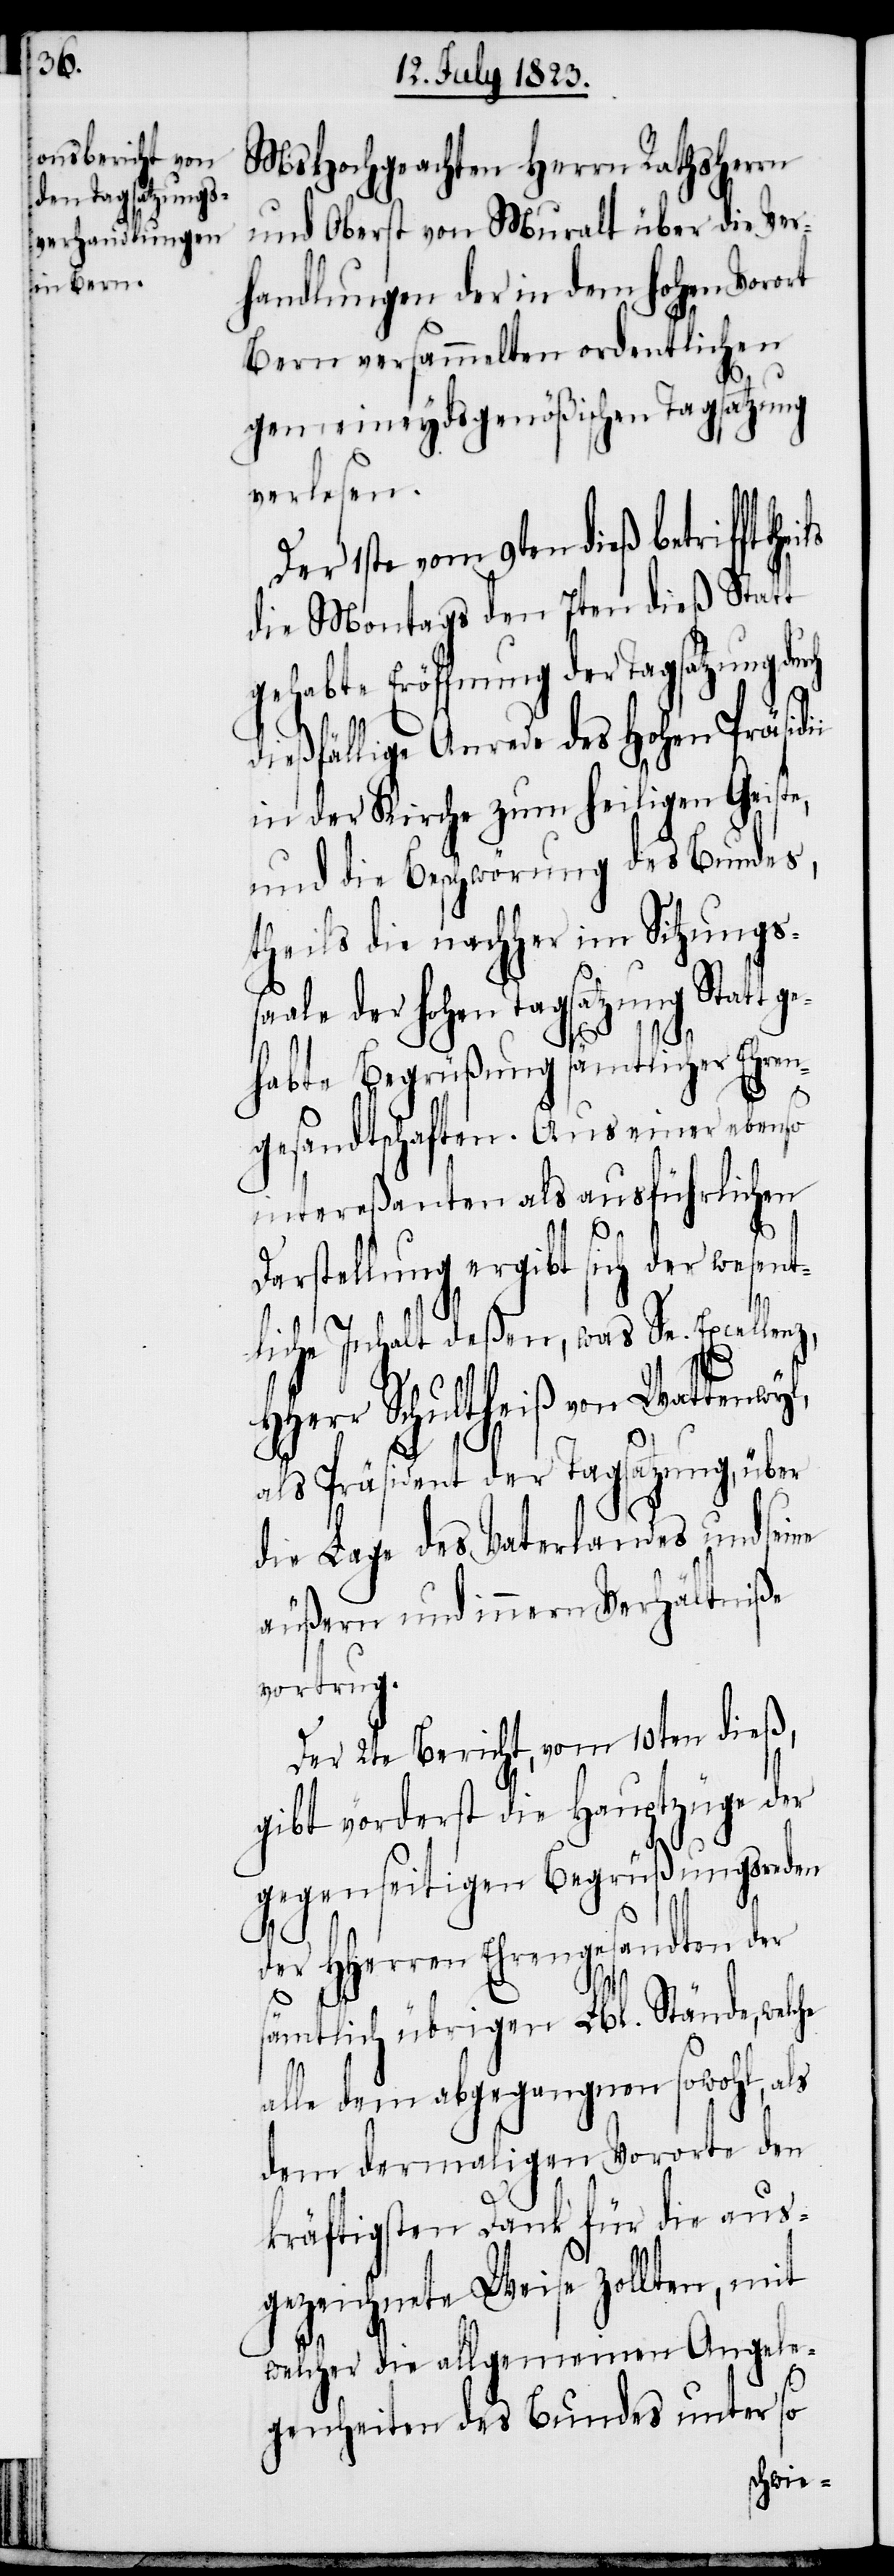
MsHochgeachten Herrn Rathsherrn
und Oberst von Muralt über die Ver¬
handlungen der in dem hohen Vorort
Bern versammelten ordentlichen
i
gemeineydsgenößischen Tagsatzung
verlesen.
Der 1ste vom 9ten dieß betrifft
die Montags den 7ten dieß Statt
gehabte Eröffnung der Tagsatzung dur¬
dießfällige Anrede des Hohen Präsidi¬
in der Kirche zum heiligen Geiste,
und die Beschwörung des Bundes,
theils die nachher im Sitzungs¬
ale der hohen Tagsatzung Statt
habte Begrüßung sämtlicher Ehren¬
gesandtschaften. Aus einer ebenso
intereßanten als ausführlichen
Darstellung ergibt sich der wesen¬
tliche Inhalt deßen, was Se. Excellenz,
HHerr Schultheiß von Wattenwyl,
als Präsident der Tagsatzung, über
die Lage des Vaterlandes und seine
äußern und innern Verhältniße
vortrug.
Der 2te Bericht, vom 10ten dieß,
gibt vörderst die Hauptzüge der
gegenseitigen Begrüßungsreden
der HHerren Ehrengesandten der
ge¬
sämtlich übrigen Lbl. Stände, welche
alle dem abgegangnen sowohl, als
dem dermaligen Vororte den
kräftigsten Dank für die aus¬
gezeichnete Weise zollten, mit
welcher die allgemeinen Angele¬
genheiten des Bundes unter so